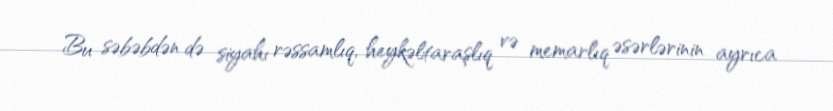
Bu səbəbdən də siyahı rəssamlıq, heykəltaraşlıq və memarlıq əsərlərinin ayrıca